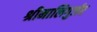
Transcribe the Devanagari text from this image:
श्रीमालिगुर्जर